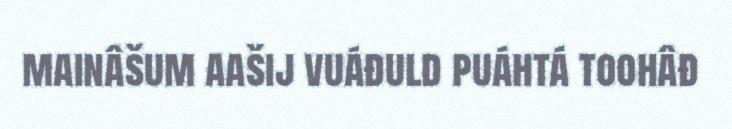
mainâšum aašij vuáđuld puáhtá toohâđ